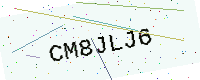
Text: CM8JLJ6